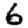
Digit: 6